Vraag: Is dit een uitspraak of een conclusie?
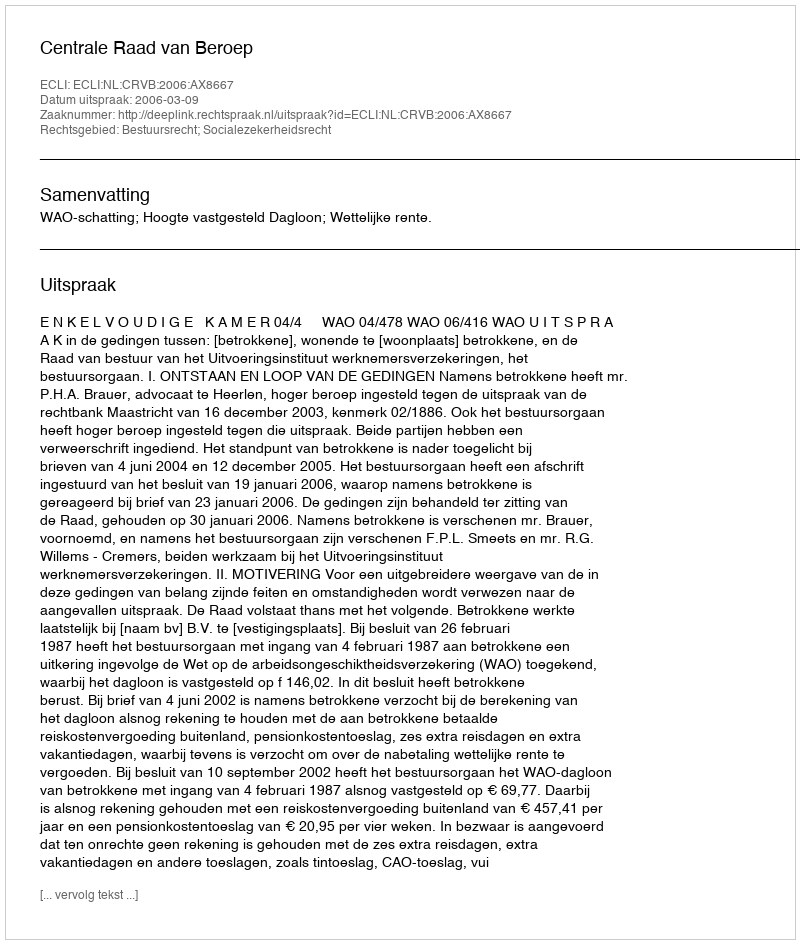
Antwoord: Uitspraak